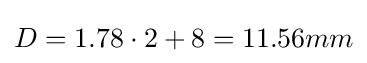
D=1.78\cdot 2+8=11.56mm